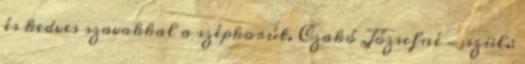
és kedves szavakkal a szépkorút. Czakó Józsefné - szül.: